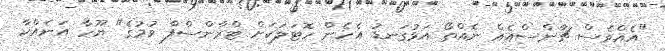
"އެއްވެސް ޗާންސްއެއް ނެއްތޯ އަޅުގަނޑު އެހެން ހޮޓަލަކަށް ޓްރާންސްފާ ވުމުގެ" ޔޫހާ އަނެއްކާ